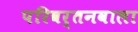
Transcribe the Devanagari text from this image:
परिवर्तनवाला